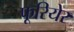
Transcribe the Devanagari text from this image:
फूरियेर